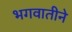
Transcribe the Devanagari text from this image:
भगवातीने